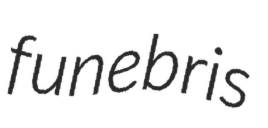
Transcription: funebris